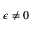
\epsilon \neq 0